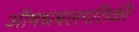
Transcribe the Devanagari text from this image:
औषधबलगतिकी